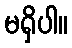
မရှိပါ။